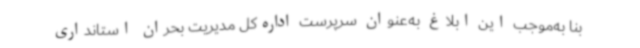
بنا به‌موجب این ابلاغ به‌عنوان سرپرست اداره‌کل مدیریت بحران استانداری